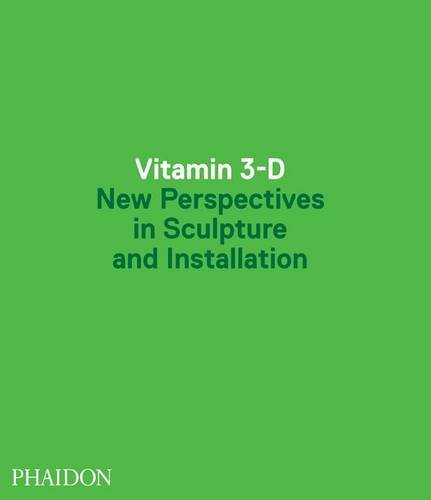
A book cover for Vitamin 3-D: New Perspectives in Sculpture and Installation; Editors of Phaidon Press; Arts & Photography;